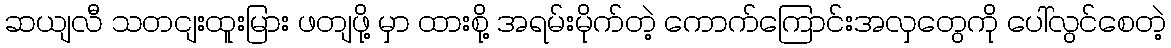
ဆယျလီ သတငျးထူးမြား ဖတျဖို့ မှာ ထားစို့ အရမ်းမိုက်တဲ့ ကောက်ကြောင်းအလှတွေကို ပေါ်လွင်စေတဲ့